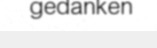
gedanken